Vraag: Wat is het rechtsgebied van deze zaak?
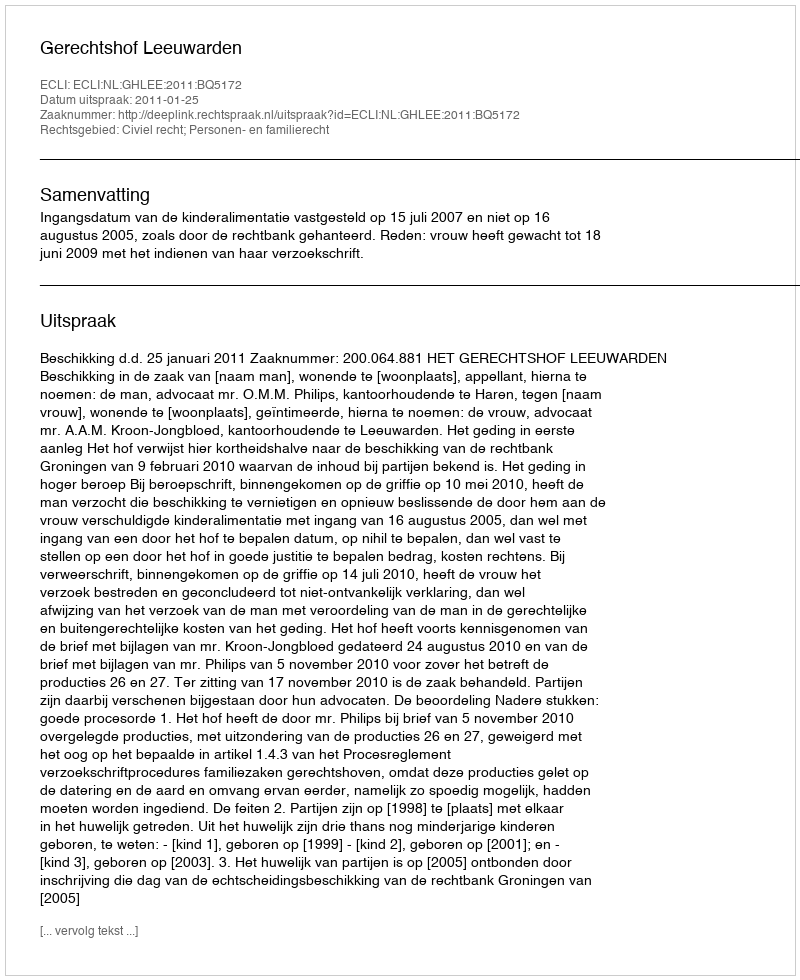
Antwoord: Civiel recht; Personen- en familierecht